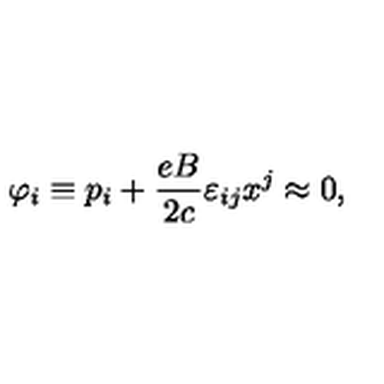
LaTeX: \varphi _ { i } \equiv p _ { i } + \frac { e B } { 2 c } \varepsilon _ { i j } x ^ { j } \approx 0 ,